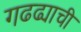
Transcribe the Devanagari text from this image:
गढढ्याची